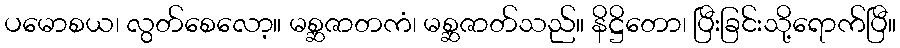
ပမောစယ၊ လွတ်စေလော့။ မစ္ဆဇာတကံ၊ မစ္ဆဇာတ်သည်။ နိဋ္ဌိတော၊ ပြီးခြင်းသို့ရောက်ပြီ။